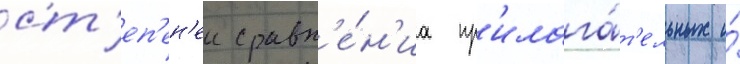
ст'еп'ен'еи сравн'е́н'иа пр'илага́т'ельных и́